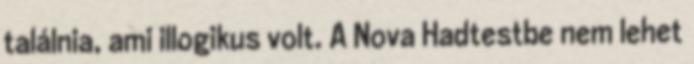
találnia, ami illogikus volt. A Nova Hadtestbe nem lehet